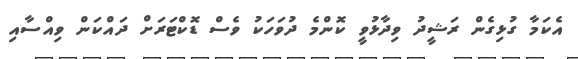
އެކަމާ ގުޅިގެން ރަޝީދު ވިދާޅުވީ ކޮންމެ ދުވަހަކު ވެސް ޑޮކްޓަރަށް ދައްކަން ވިއްސާއި